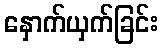
နှောက်ယှက်ခြင်း